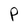
Character: P